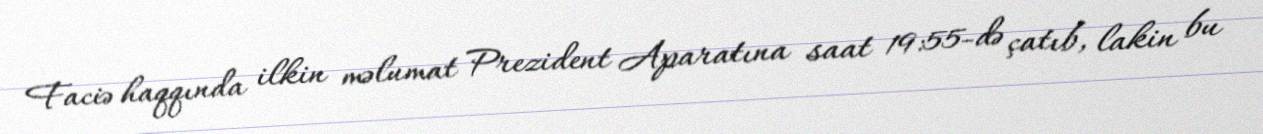
Faciə haqqında ilkin məlumat Prezident Aparatına saat 19:55-də çatıb, lakin bu